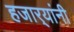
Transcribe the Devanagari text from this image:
हजार्‍यांनी